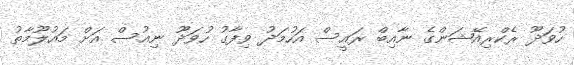
ހުވަދޫ ރެކްރިއޭޝަންގެ ނާއިބް ރައީސް އަހުމަދު ވިފާގު ހުވަދޫ ނިއުސް އަށް މައުލޫމާތު